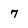
Character: 7